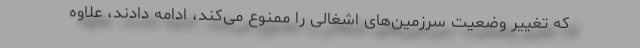
که تغییر وضعیت سرزمین‌های اشغالی را ممنوع می‌کند، ادامه دادند، علاوه